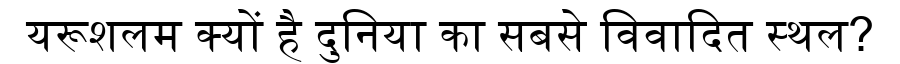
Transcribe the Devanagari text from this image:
यरूशलम क्यों है दुनिया का सबसे विवादित स्थल?